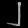
Digit: ၂